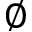
\emptyset